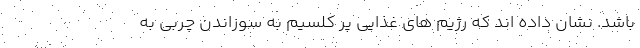
باشد. نشان داده اند که رژیم های غذایی پر کلسیم به سوزاندن چربی به